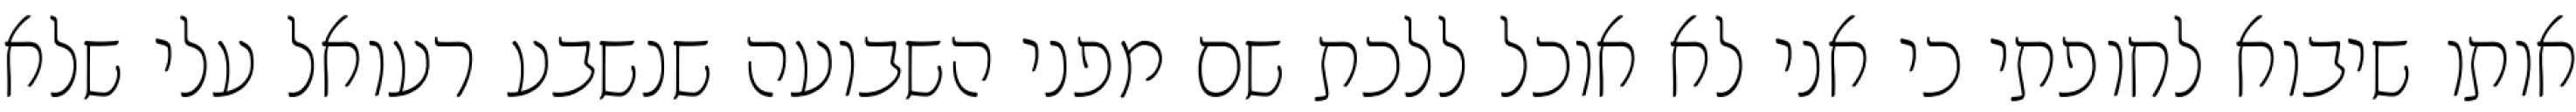
אותו שיבוא לחופתי כי אני לא אוכל ללכת שם מפני השבועה שנשבע רעואל עלי שלא